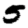
Digit: 5